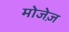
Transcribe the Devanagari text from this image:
मोजेज़